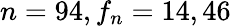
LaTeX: n=94,f_{n}=14,46